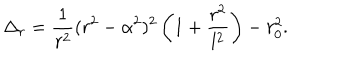
LaTeX: \Delta _ { r } = { \frac { 1 } { r ^ { 2 } } } ( r ^ { 2 } - \alpha ^ { 2 } ) ^ { 2 } \left( 1 + { \frac { r ^ { 2 } } { l ^ { 2 } } } \right) - r _ { 0 } ^ { 2 } .